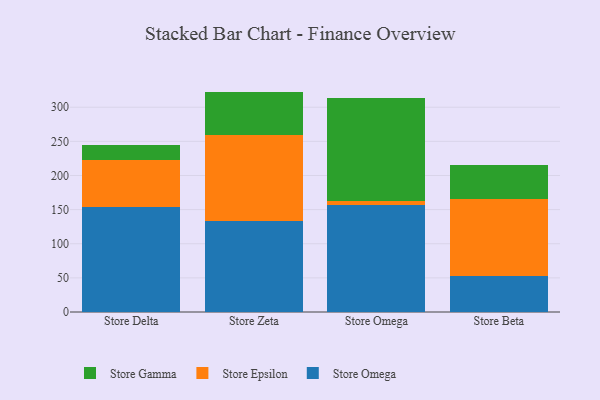
{"axis": {"x": "Store", "y": "Production Output"}, "legend": ["Store Epsilon", "Store Gamma", "Store Omega"], "data": [{"x": "Store Delta", "y": 154.5, "type": "Store Omega"}, {"x": "Store Delta", "y": 67.8, "type": "Store Epsilon"}, {"x": "Store Delta", "y": 21.9, "type": "Store Gamma"}, {"x": "Store Zeta", "y": 132.7, "type": "Store Omega"}, {"x": "Store Zeta", "y": 126.1, "type": "Store Epsilon"}, {"x": "Store Zeta", "y": 64.1, "type": "Store Gamma"}, {"x": "Store Omega", "y": 157.2, "type": "Store Omega"}, {"x": "Store Omega", "y": 5.9, "type": "Store Epsilon"}, {"x": "Store Omega", "y": 150.7, "type": "Store Gamma"}, {"x": "Store Beta", "y": 52.9, "type": "Store Omega"}, {"x": "Store Beta", "y": 112.5, "type": "Store Epsilon"}, {"x": "Store Beta", "y": 49.3, "type": "Store Gamma"}]}